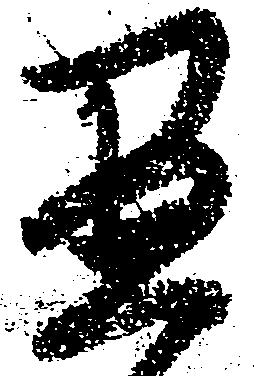
愚